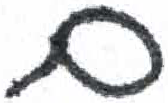
אות: ם